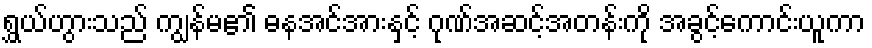
ရွှယ်ဟွားသည် ကျွန်မ၏ ဓနအင်အားနှင့် ဂုဏ်အဆင့်အတန်းကို အခွင့်ကောင်းယူကာ